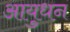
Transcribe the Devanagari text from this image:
आयुधन